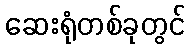
ဆေးရုံတစ်ခုတွင်